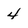
Character: 4